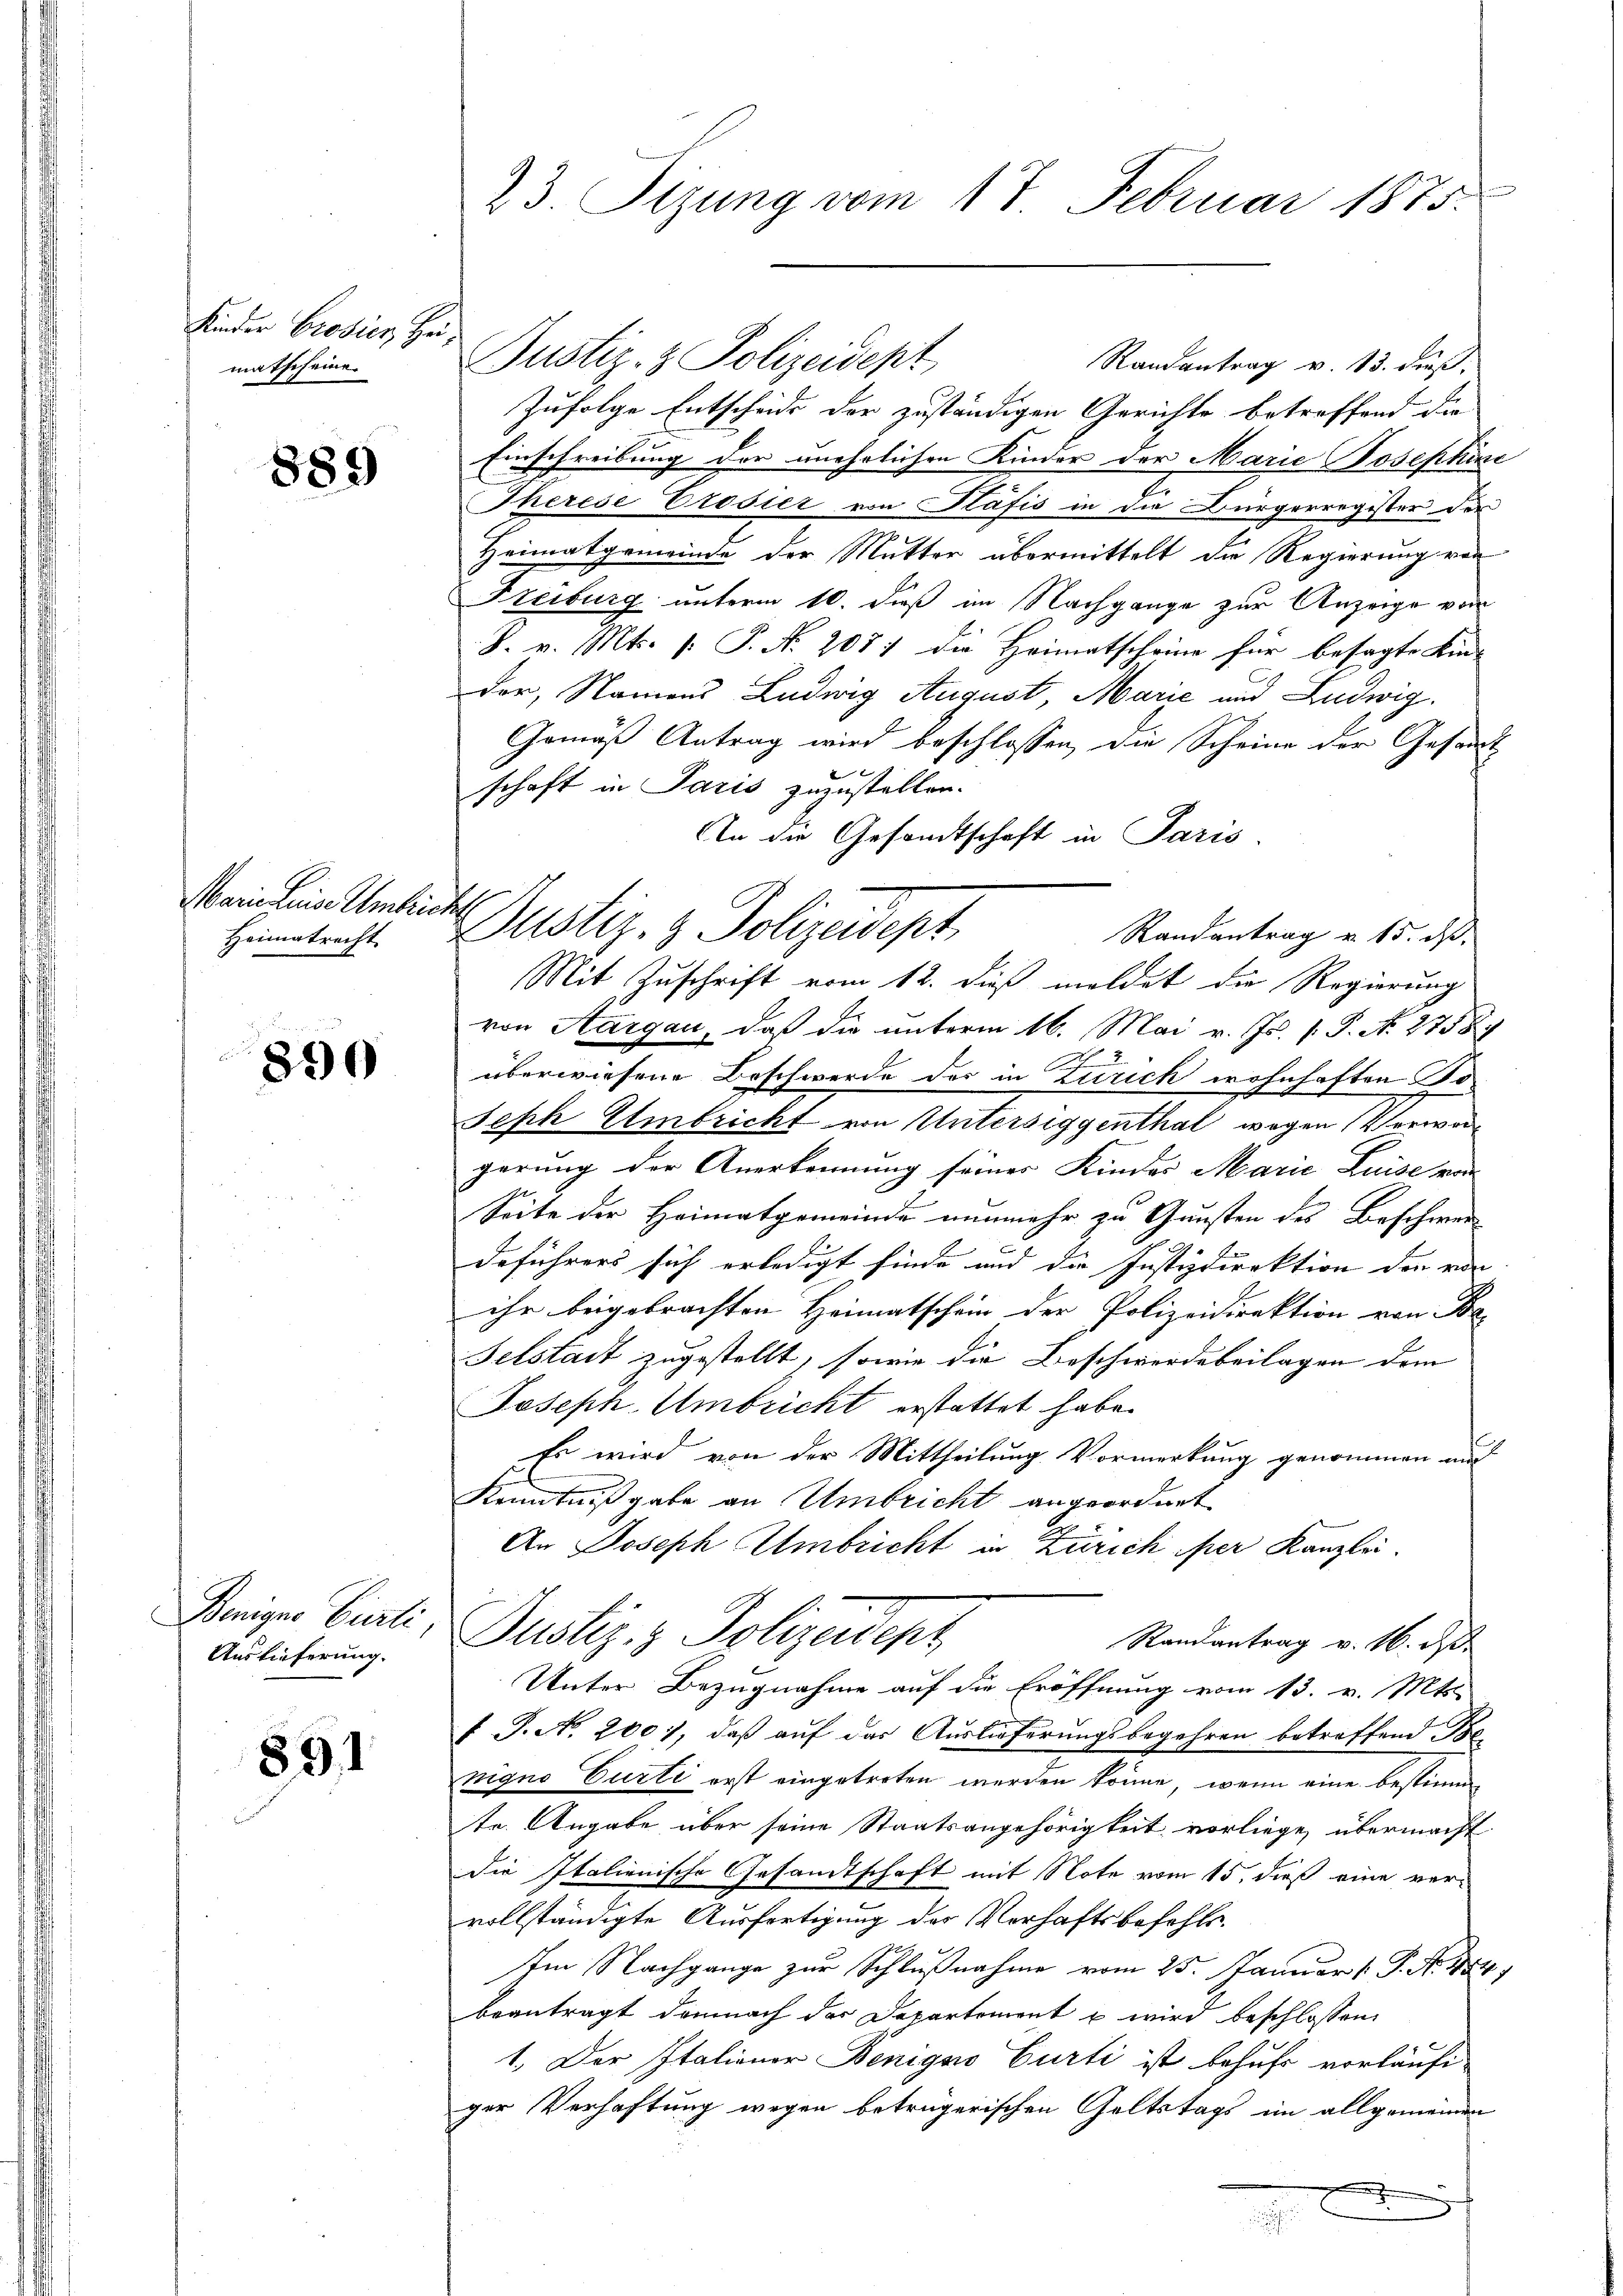
Kinder Brosies Heimatscheine.

889

Marie Luise Umbricht
Heimatrecht

g
890

Beniger Curti
Auslieferung.

891

23. Sizung vom 17. Februar 1875.

Justiz- & Polizeidept,
Randantrag v. 13. dieß,
Zufolge Entscheide der zuständigen Gerichte betreffend die
Einschreibung der unehrlichen Kinder der Marie Josephin
Therese Eröster von Präfis in die Bürgerregister der
Heimatgemeinde der Mutter übermittelt die Regierung von
Freiburg unterm 10. dieß im Nachgange zur Anzeige von
S. v. Mts. s. P. N. 207; die Heimatscheine für besagte Kin-
der, Namens Ludwig August, Marie und Ludwig
Gemäß Antrag wird beschlossen, die Scheine der Gesand
schaft in Paris zuzustellen.
An die Gesandtschaft in Paris.
Justiz- & Polizeidept
Randantrag v. 15. ds.
Mit Zuschrift vom 12. dieß meldet die Regierung
von Aargau, daß die unterm 16. Mai v. Js. f. P. N. 2758
überwiesene Beschwerde der in Zürich wohnhaften Fo
Seph Umbricht von Untersiggenthal wegen Verwan
gerung der Anerkennung seines Kindes Marie Luise von
Seite der Heimatgemeinde nunmehr zu Gunsten des Beschwer
deführers sich erledigt finde und die Justizdirektion der von |
ihr beigebrachten Heimatschein der Polizeidirektion von Be-
Felstadt zugestellt, sowie die Beschwerde beilagen dem
Joseph Umbricht erstattet habe.
Es wird von der Mittheilung Vormerkung genommen und
Kenntnißgabe an Umbricht angeordnet
An Joseph Ambricht in Zürich ihrer Kanzlei.
Justiz- & Polizeident
Randantrag v. 16. d.
Unter Bezugnahme auf die Eröffnung vom 13. v. Mts.
f P. N. 2001, daß auf das Auslieferungsbegehren betreffend Benigno Curti erst eingetreten werden könne, wenn eine bestimmte. Angabe über seine Staatsangehörigkeit vorliege, übermacht
die Italienische Gesandtschaft mit Note vom 15. dieß eine ver-
vollständigte Ausfertigung des Verhaftsbefehls¬
Im Nachgange zur Schlußnahme vom 25. Januar [ P. No 484.
beantragt demnach der Departement u wird beschlossen:
1. Der Italiener Benigs Curti ist behufs vorläufi
ger Verhaftung wegen betrügerischen Geltstags im allgemeinen

2